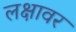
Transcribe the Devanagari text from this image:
लक्षावर